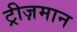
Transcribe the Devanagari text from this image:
ट्रीज़मान